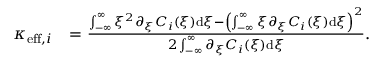
\begin{array} { r l } { \kappa _ { \mathrm { e f f } , i } } & { = \frac { \int _ { - \infty } ^ { \infty } \xi ^ { 2 } \partial _ { \xi } C _ { i } ( \xi ) \mathrm { d } \xi - \left( \int _ { - \infty } ^ { \infty } \xi \partial _ { \xi } C _ { i } ( \xi ) \mathrm { d } \xi \right) ^ { 2 } } { 2 \int _ { - \infty } ^ { \infty } \partial _ { \xi } C _ { i } ( \xi ) \mathrm { d } \xi } . } \end{array}